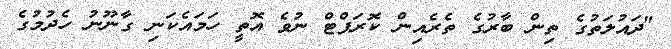
"ދައުލަތުގެ ތިން ބާރުގެ ތެރެއިން ކޮރަޕްޓް ނުވެ އޮތީ ހަމައެކަނި ގާނޫނު ހެދުމުގެ